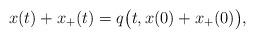
LaTeX: \begin{align*}x(t)+x_+(t)=q\big(t,x(0)+x_+(0)\big),\end{align*}